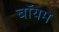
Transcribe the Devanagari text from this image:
बॉयम